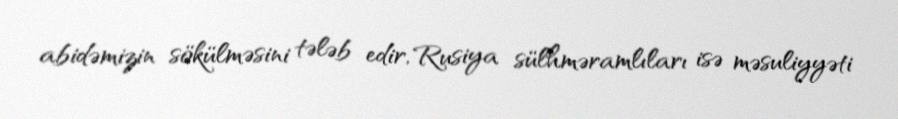
abidəmizin sökülməsini tələb edir, Rusiya sülhməramlıları isə məsuliyyəti